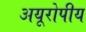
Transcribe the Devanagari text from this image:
अयूरोपीय